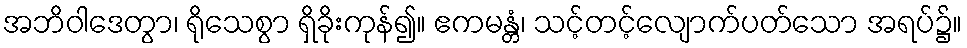
အဘိဝါဒေတွာ၊ ရိုသေစွာ ရှိခိုးကုန်၍။ ဧကမန္တံ၊ သင့်တင့်လျောက်ပတ်သော အရပ်၌။